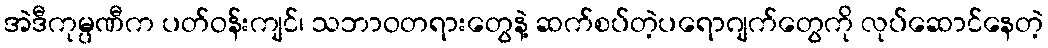
အဲဒီကုမ္ပဏီက ပတ်ဝန်းကျင်၊ သဘာဝတရားတွေနဲ့ ဆက်စပ်တဲ့ပရောဂျက်တွေကို လုပ်ဆောင်နေတဲ့